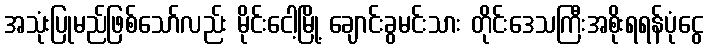
အသုံးပြုမည်ဖြစ်သော်လည်း မိုင်းငေါ့မြို့ ချောင်းခွမင်းသား တိုင်းဒေသကြီးအစိုးရရန်ပုံငွေ